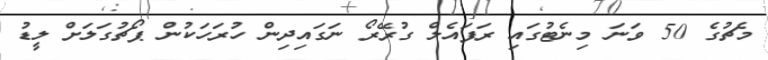
މެޗުގެ 50 ވަނަ މިނެޓުގައި ރަފައެލް ގުރޭރޯ ނަގައިދިން ހުރަހަކުން ޕޯޗުގަލަށް ލީޑު